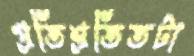
প্রতিশ্রতিতটা